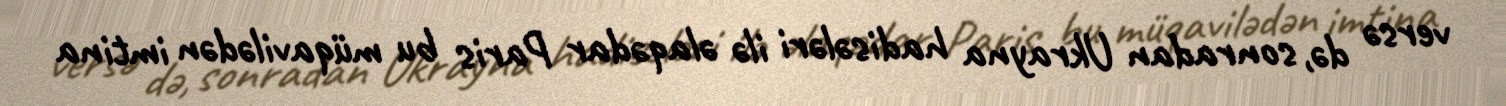
versə də, sonradan Ukrayna hadisələri ilə əlaqədar Paris bu müqavilədən imtina